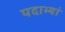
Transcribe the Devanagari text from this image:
पदाभ्यां